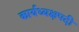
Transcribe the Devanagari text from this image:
कार्यध्यक्षपदी